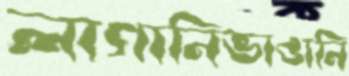
লাগানিভাঙানি